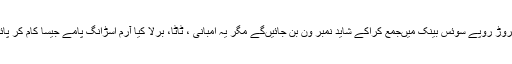
100کروڑ روپے سوئس بینک میںجمع کراکے شاید نمبر ون بن جائیںگے مگر یہ امبانی ، ٹاٹا، برلا کیا آرم اسڑانگ پامے جیسا کام کر پائے ہیں۔